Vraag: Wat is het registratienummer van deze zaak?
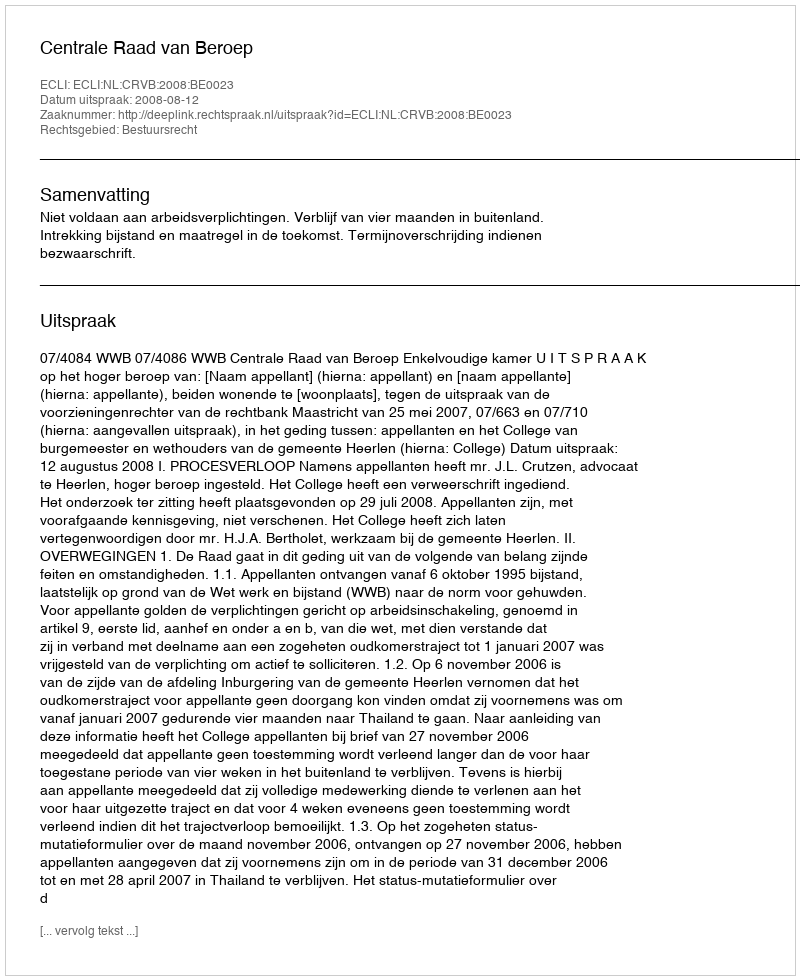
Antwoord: http://deeplink.rechtspraak.nl/uitspraak?id=ECLI:NL:CRVB:2008:BE0023